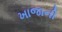
ખાજાની